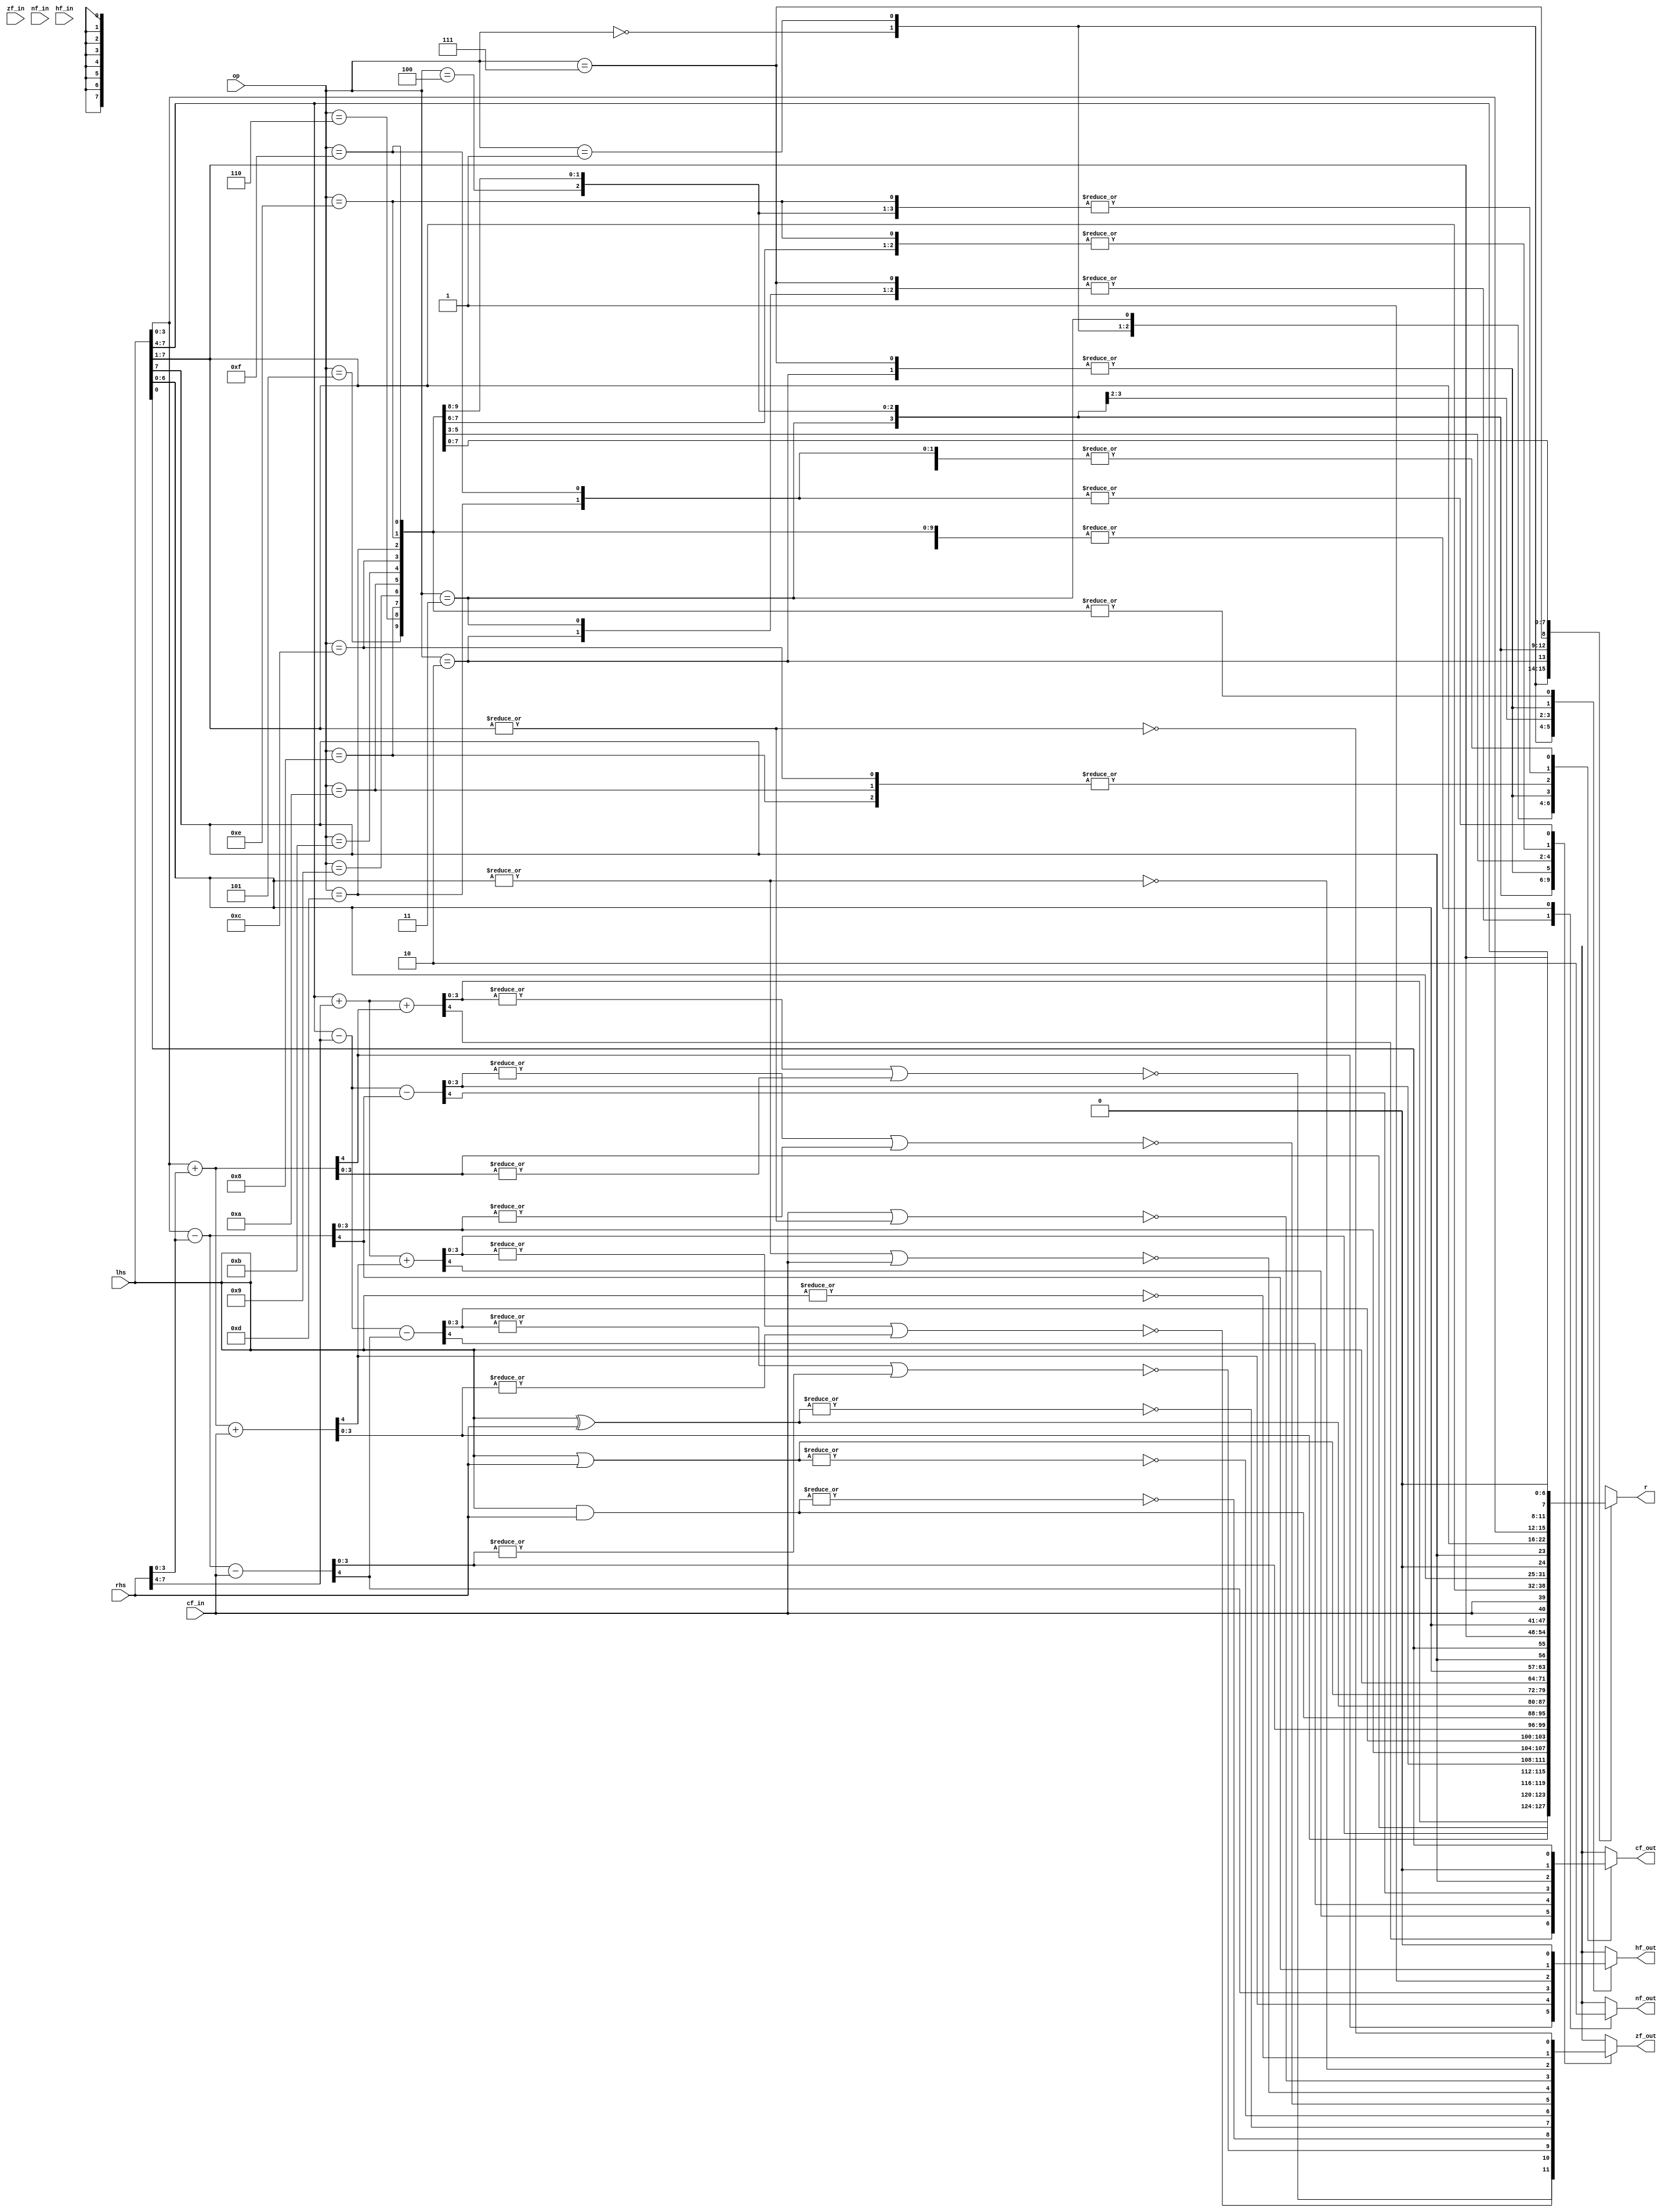
// This file is part of the GBC-ML project.
// Licensing information is available in the LICENSE file.
// (C) 2020 Nandor Licker. All rights reserved.

module ALU
  ( input      [7:0] lhs
  , input      [7:0] rhs
  , input      [3:0] op
  , output reg [7:0] r
  , input            zf_in
  , input            nf_in
  , input            hf_in
  , input            cf_in
  , output reg       zf_out
  , output reg       nf_out
  , output reg       hf_out
  , output reg       cf_out
  );

  wire [4:0] half_add = lhs[3:0] + rhs[3:0];
  wire [4:0] full_add = lhs[7:4] + rhs[7:4] + {3'b000, half_add[4]};

  wire [4:0] half_adc = lhs[3:0] + rhs[3:0] + {3'b000, cf_in};
  wire [4:0] full_adc = lhs[7:4] + rhs[7:4] + {3'b000, half_adc[4]};

  wire [4:0] half_sub = lhs[3:0] - rhs[3:0];
  wire [4:0] full_sub = lhs[7:4] - rhs[7:4] - {3'b000, half_sub[4]};

  wire [4:0] half_sbc = lhs[3:0] - rhs[3:0] - {3'b000, cf_in};
  wire [4:0] full_sbc = lhs[7:4] - rhs[7:4] - {3'b000, half_sbc[4]};

  always @*
    case (op)
      // ADD
      4'b0000: begin
        r <= {full_add[3:0], half_add[3:0]};
        zf_out <= !(|full_add[3:0] | |half_add[3:0]);
        nf_out <= 0;
        hf_out <= half_add[4];
        cf_out <= full_add[4];
      end
      // ADC
      4'b0001: begin
        r <= {full_adc[3:0], half_adc[3:0]};
        zf_out <= !(|full_adc[3:0] | |half_adc[3:0]);
        nf_out <= 0;
        hf_out <= half_adc[4];
        cf_out <= full_adc[4];
      end
      // SUB
      4'b0010: begin
        r <= {full_sub[3:0], half_sub[3:0]};
        zf_out <= !(|full_sub[3:0] | |half_sub[3:0]);
        nf_out <= 1;
        hf_out <= half_sub[4];
        cf_out <= full_sub[4];
      end
      // SBC
      4'b0011: begin
        r <= {full_sbc[3:0], half_sbc[3:0]};
        zf_out <= !(|full_sbc[3:0] | |half_sbc[3:0]);
        nf_out <= 1;
        hf_out <= half_sbc[4];
        cf_out <= full_sbc[4];
      end
      // AND
      4'b0100: begin
        r <= lhs & rhs;
        zf_out <= !(|(lhs & rhs));
        nf_out <= 0;
        hf_out <= 1;
        cf_out <= 0;
      end
      // XOR
      4'b0101: begin
        r <= lhs ^ rhs;
        zf_out <= !(|(lhs ^ rhs));
        nf_out <= 0;
        hf_out <= 0;
        cf_out <= 0;
      end
      // OR
      4'b0110: begin
        r <= lhs | rhs;
        zf_out <= !(|(lhs | rhs));
        nf_out <= 0;
        hf_out <= 0;
        cf_out <= 0;
      end
      // CP
      4'b0111: begin
        r <= lhs;
        zf_out <= !(|full_sub[3:0] | |half_sub[3:0]);
        nf_out <= 1;
        hf_out <= half_sub[4];
        cf_out <= full_sub[4];
      end
      // RLC
      4'b1000: begin
        r <= { lhs[6:0], lhs[7] };
        zf_out <= !(|lhs);
        nf_out <= 0;
        hf_out <= 0;
        cf_out <= lhs[7];
      end
      // RRC
      4'b1001: begin
        r <= { lhs[0], lhs[7:1] };
        zf_out <= !(|lhs);
        nf_out <= 0;
        hf_out <= 0;
        cf_out <= lhs[0];
      end
      // RL
      4'b1010: begin
        r <= { lhs[6:0], cf_in };
        zf_out <= !(|lhs[6:0] | cf_in);
        nf_out <= 0;
        hf_out <= 0;
        cf_out <= lhs[7];
      end
      // RR
      4'b1011: begin
        r <= { cf_in, lhs[7:1] };
        zf_out <= !( cf_in | |lhs[7:1]);
        nf_out <= 0;
        hf_out <= 0;
        cf_out <= lhs[0];
      end
      // SLA
      4'b1100: begin
        r <= { lhs[6:0], 1'b0 };
        zf_out <= !(|lhs[6:0]);
        nf_out <= 0;
        hf_out <= 0;
        cf_out <= lhs[7];
      end
      // SRA
      4'b1101: begin
        r <= { lhs[7], lhs[7:1] };
        zf_out <= !(|lhs[7:1]);
        nf_out <= 0;
        hf_out <= 0;
        cf_out <= lhs[0];
      end
      // SWAP
      4'b1110: begin
        r <= {lhs[3:0], lhs[7:4]};
        zf_out <= !(|lhs);
        nf_out <= 0;
        hf_out <= 0;
        cf_out <= 0;
      end
      // SRL
      4'b1111: begin
        r <= { 1'b0, lhs[7:1] };
        zf_out <= !(|lhs[7:1]);
        nf_out <= 0;
        hf_out <= 0;
        cf_out <= lhs[0];
      end
    endcase
endmodule